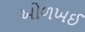
ઓળખઈ